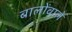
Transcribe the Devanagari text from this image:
बालोंवाले